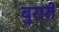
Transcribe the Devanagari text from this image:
बुरारी